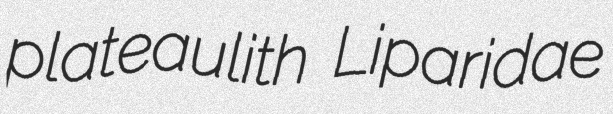
plateaulith Liparidae